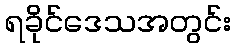
ရခိုင်ဒေသအတွင်း